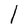
Character: l